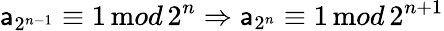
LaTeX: {\sf a}_{2^{n-1}}\equiv 1\, {\mathrm mod}\, 2^{n}\Rightarrow{\sf a}_{2^{n}}\equiv 1\, {\mathrm mod}\, 2^{n+1}